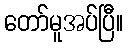
တော်မူအပ်ပြီ။